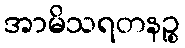
အာမိသရတနဉ္စ